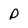
Character: P